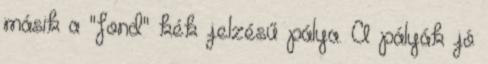
másik a "fond" kék jelzésű pálya. A pályák jó